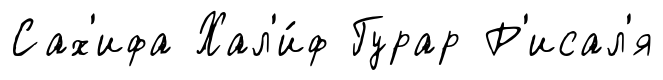
Сах'ифа Хал'и́ф Гурар Р'исал'я